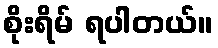
စိုးရိမ် ရပါတယ်။